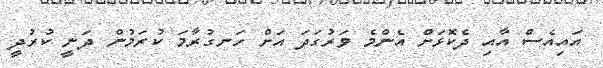
އައިއެސް އާއި ދެކޮޅަށް އެންމެ ވަރުގަދަ އަށް ހަނގުރާމަ ކުރަމުން ދަނީ ކުރުދީ